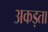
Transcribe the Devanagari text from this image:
अकड़ता